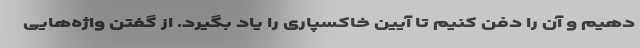
دهیم و آن را دفن کنیم تا آیین خاکسپاری را یاد بگیرد. از گفتن واژه‌هایی